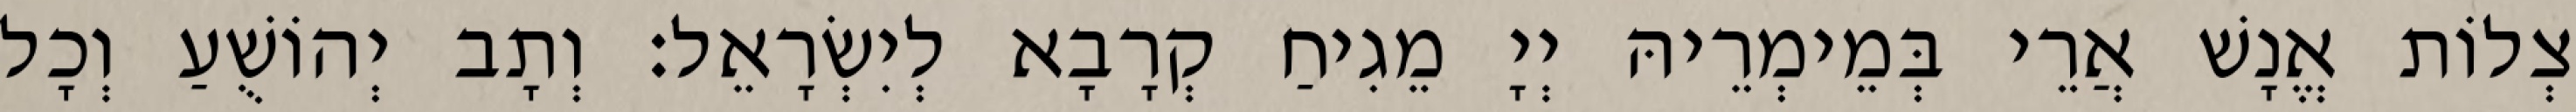
צְלוֹת אֱנָשׁ אֲרֵי בְּמֵימְרֵיהּ יְיָ מֵגִיחַ קְרָבָא לְיִשְׂרָאֵל׃ וְתָב יְהוֹשֻׁעַ וְכָל